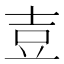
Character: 壴